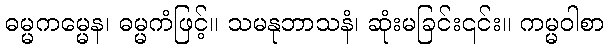
ဓမ္မကမ္မေန၊ ဓမ္မကံဖြင့်။ သမနုဘာသနံ၊ ဆုံးမခြင်း၎င်း။ ကမ္မဝါစာ